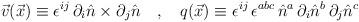
LaTeX: \begin{align*}\vec{v}(\vec{x})\equiv \epsilon^{i j}\,\partial_{i} \hat{n} \times\partial_{j} \hat{n}\quad , \quad q(\vec{x})\equiv\epsilon^{i j}\, \epsilon^{abc}\,\hat{n}^{a}\,\partial_{i}\hat{n}^{b}\, \partial_{j} \hat{n}^{c}\end{align*}